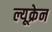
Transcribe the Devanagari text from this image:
ल्यूक्रेन